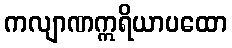
ကလျာဏဣရိယာပထော